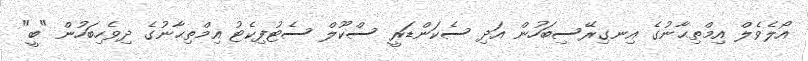
އޯލެވެލް އިމްތިޙާނުގެ އިނގިރޭސިބަހުން އަދި ސެކަންޑަރީ ސްކޫލް ސެޓުފިކެޓު އިމްތިޙާނުގެ ދިވެހިބަހުން "ބީ"